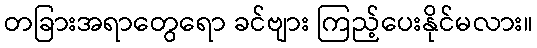
တခြားအရာတွေရော ခင်ဗျား ကြည့်ပေးနိုင်မလား။